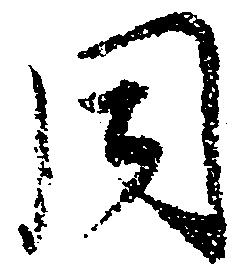
同